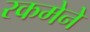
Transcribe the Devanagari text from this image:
रकमेने